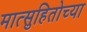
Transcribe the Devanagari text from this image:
मात्सुहितोच्या